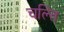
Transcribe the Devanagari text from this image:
चल्ति